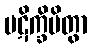
ပဋိက္ခိပိတွာ